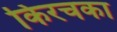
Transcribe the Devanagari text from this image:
किरचका